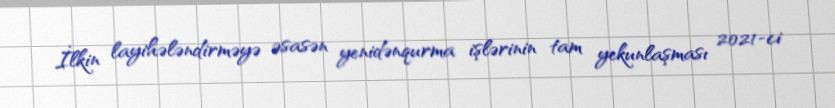
İlkin layihələndirməyə əsasən yenidənqurma işlərinin tam yekunlaşması 2021-ci